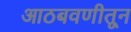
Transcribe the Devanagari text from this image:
आठबवणीतून